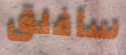
سأغلق